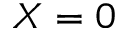
X = 0